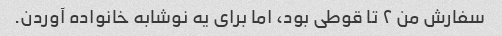
سفارش من ۲ تا قوطی بود، اما برای یه نوشابه خانواده آوردن.